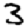
Digit: 3